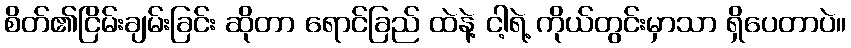
စိတ်၏ငြိမ်းချမ်းခြင်း ဆိုတာ ရောင်ခြည် ထဲနဲ့ ငါ့ရဲ့ ကိုယ်တွင်းမှာသာ ရှိပေတာပဲ။